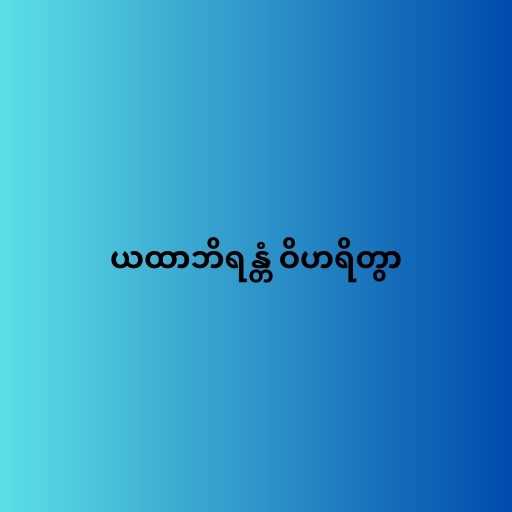
ယထာဘိရန္တံ ဝိဟရိတွာ